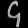
Digit: ၄